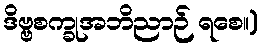
ဒိဗ္ဗစက္ခုအဘိညာဉ် ရစေ။)